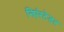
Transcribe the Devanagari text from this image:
निएंस्टेडट